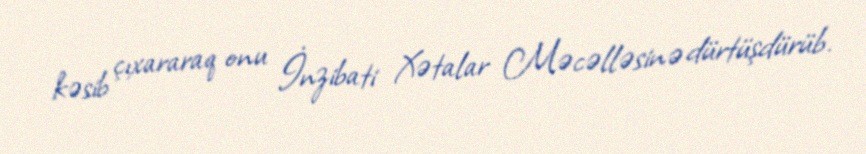
kəsib çıxararaq onu İnzibati Xətalar Məcəlləsinə dürtüşdürüb.